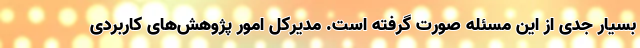
بسیار جدی از این مسئله صورت گرفته است. مدیرکل امور پژوهش‌های کاربردی